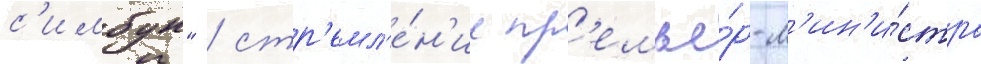
с'имбун" / стр'емл'е́н'ие пр'емье́р-м'ин'и́стра